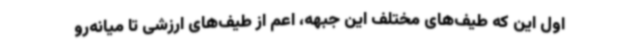
اول این که طیف‌های مختلف این جبهه، اعم از طیف‌های ارزشی تا میانه‌رو